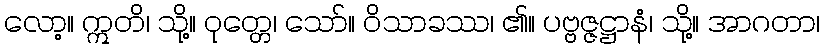
လော့။ ဣတိ၊ သို့။ ဝုတ္တေ၊ သော်။ ဝိသာခဿ၊ ၏။ ပဗ္ဗဇ္ဇဋ္ဌာနံ၊ သို့။ အာဂတာ၊